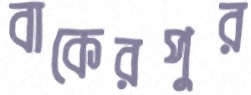
বাকেরপুর